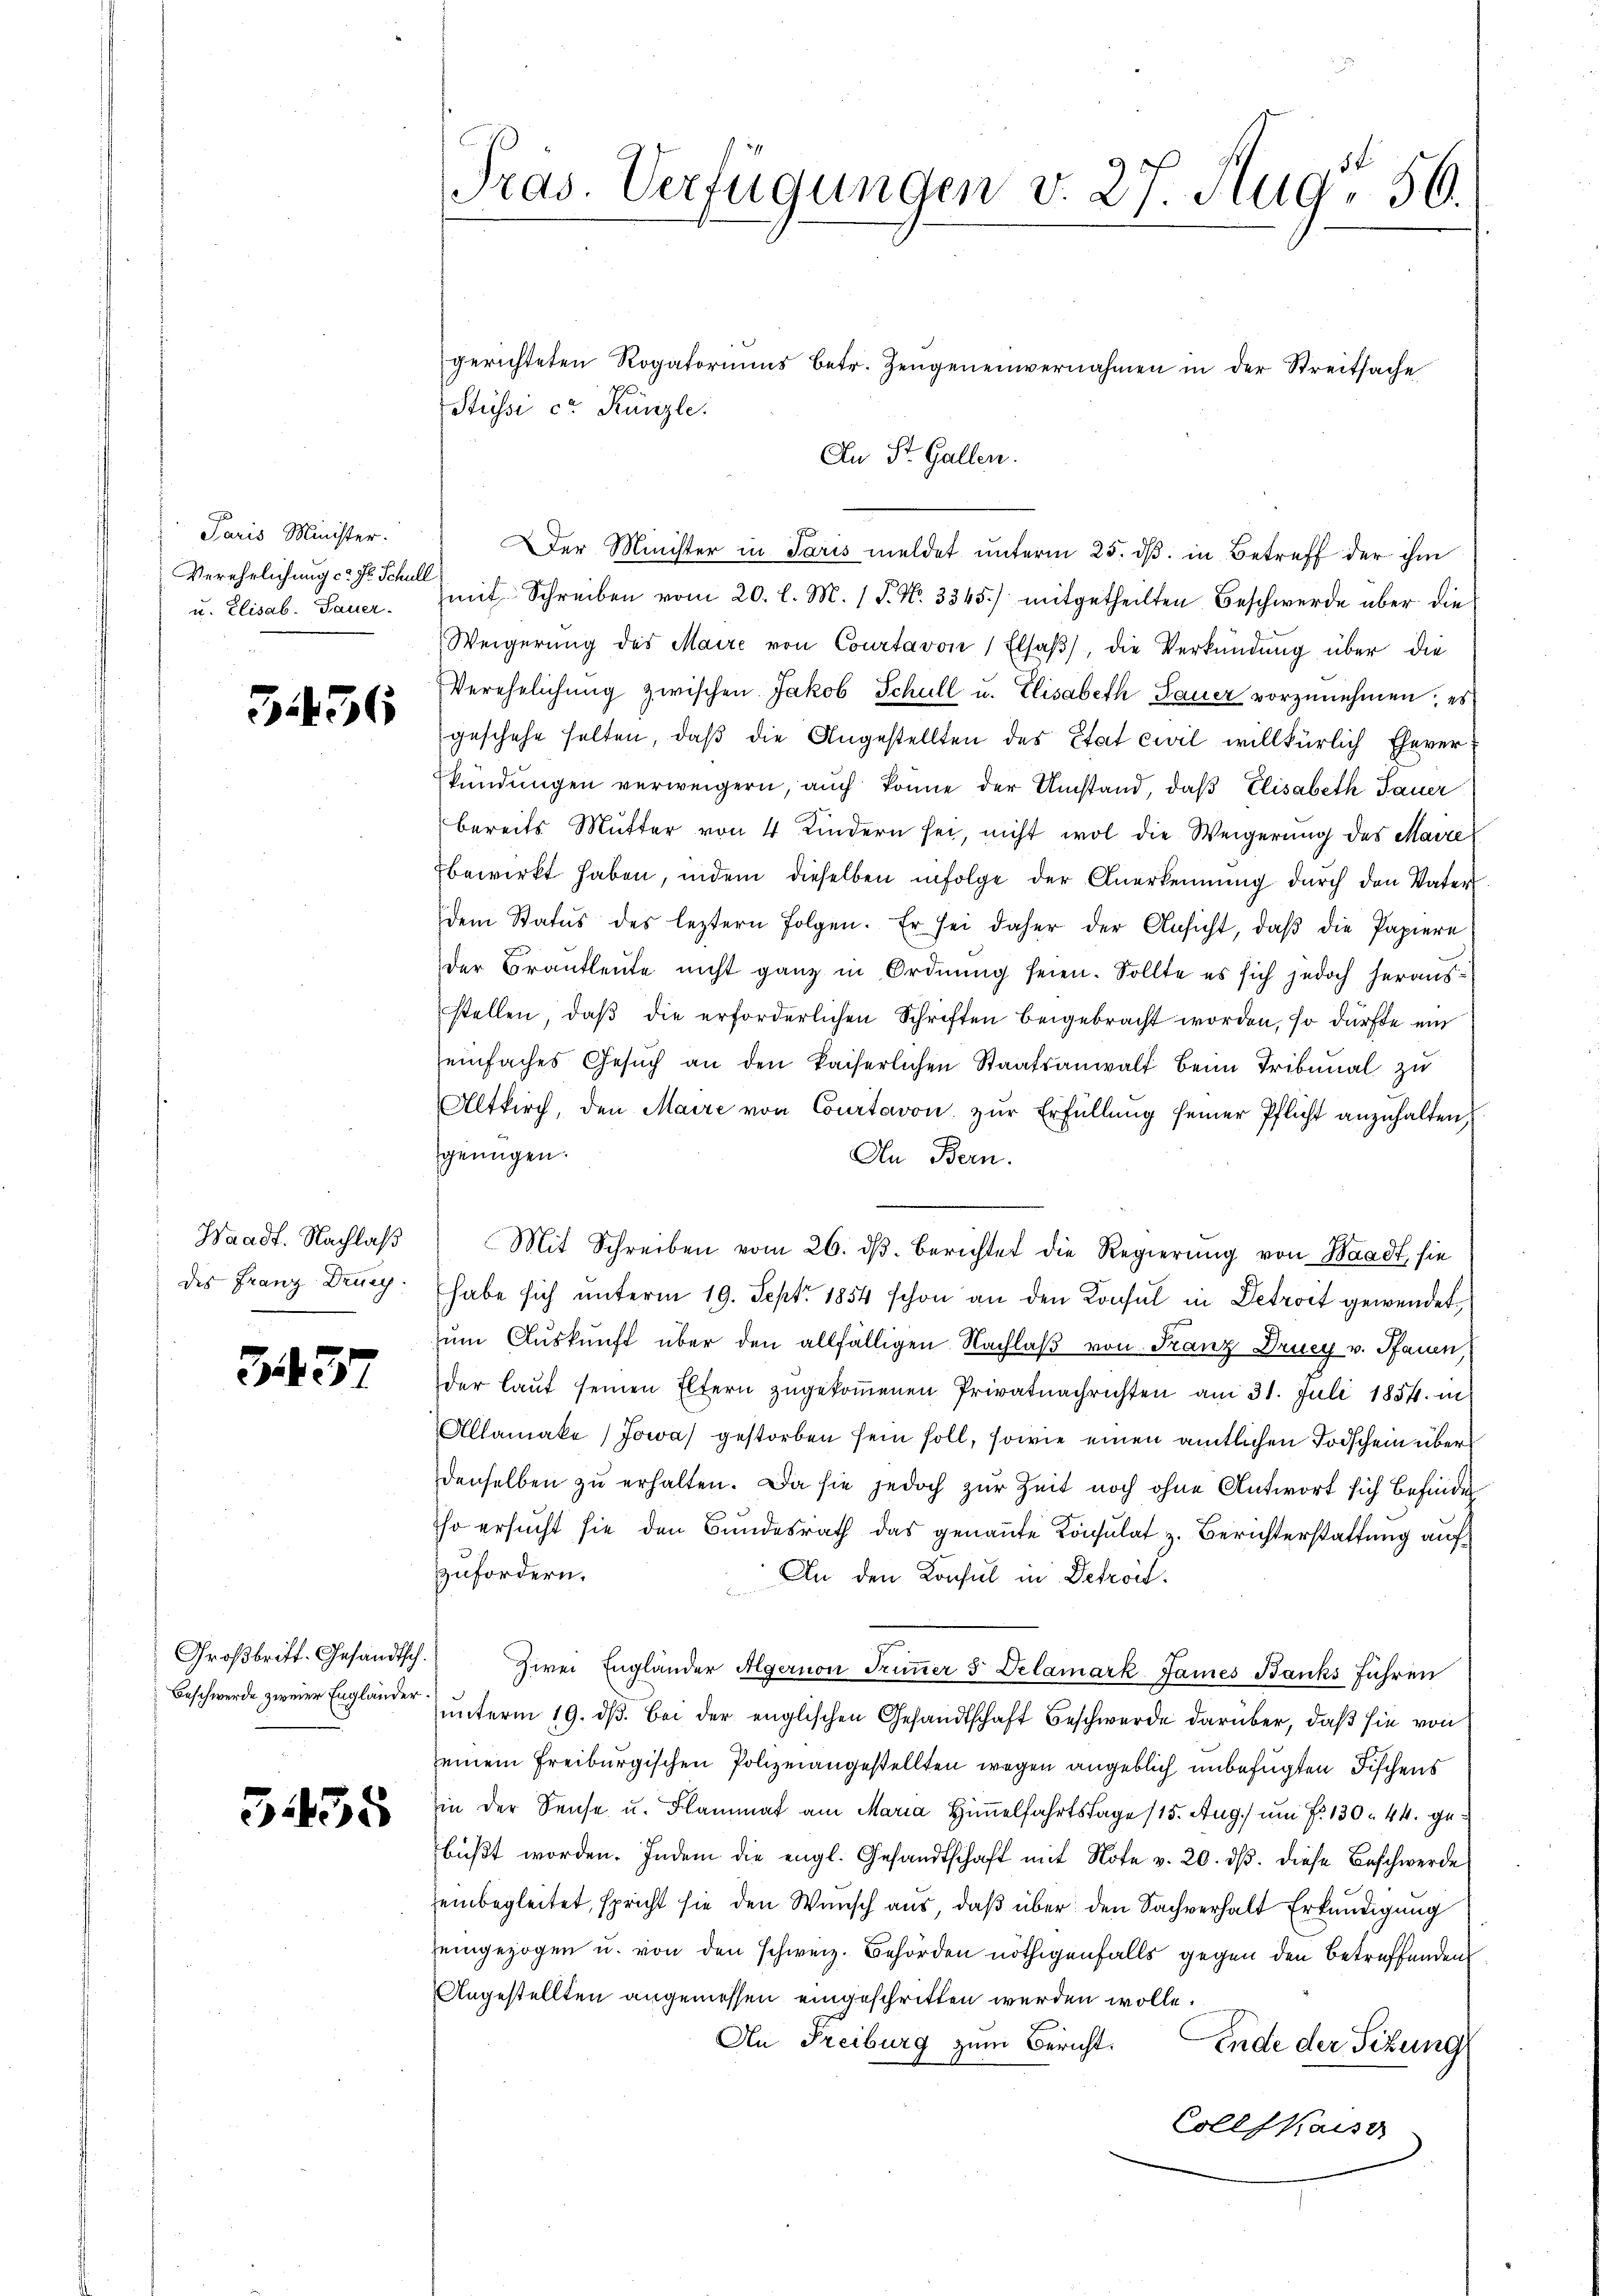
Paris Minister.
Verehrlichung ca Fr. Schull
u. Elisab. Dauer.

3456

Waadt. Nachlaß
des Franz Druc
a

G37

Großbritt. Gesandtsch.
Beschwerde zweier Engländer.

31455

Präs. Verfügungen v. 27. Aug. 56.

gerichteten Rogatoriums betr. Zeugeneinvernahmen in der Streitsache
Stüsse ca Künzle
An St. Gallen.
Der Minister in Paris meldet unterm 25. dβ in Betreff der ihm
mit Schreiben vom 20. l. M. 1 P. Nr. 3345) mitgetheilten Beschwerde über die
Weigerŭng des Maire von Courtavon Elsaβ), die Verkündung über die
Verehelichung zwischen Jakob Schull u. Elisabeth Bauer vorzunehmen; es
geschehe selten, daβ die Angestellten des Etat civil willkürlich Ehever
kündungen verweigern, auch könne der Umstand, daß Elisabeth Sauer
bereits Mŭtter von 4 Kindern sei, nicht wol die Weigerŭng des Maire
bewirkt haben, indem dieselben infolge der Anerkennung dŭrch den Vater
dem Status des leztern folgen. Er sei daher der Ansicht, daβ die Papiere
der Brautleute nicht ganz in Ordnung seien. Sollte es sich jedoch herauf:
stellen, daß die erforderlichen Schriften beigebracht worden, so dürfte ein
seinfaches Gesŭch an den kaiserlichen Staatsanwalt beim Tribunal zu
Altkirch, den Maire von Courtavon zŭr Erfüllŭng seiner Pflicht anzuhalten,
genügen.
An Bern.
Mit Schreiben vom 26. dβ. Berichtet die Regierŭng von Waadt, sie
habe sich unterm 19. Sept. 1854 schon an den Konsul in Detroit gewendet,
zŭm Aŭskŭnft über den allfälligen Nachlaß von Franz Drucy v. Pfauen,
der laŭf seinen Eltern zugekoṁenen Privatnachrichten am 31. Juli 1854. in
Allamake) Jowas gestorben sein soll, sowie einen amtlichen Todschein überdenselben zu erhalten. Da sie jedoch zur Zeit noch ohne Antwort sich befinde
so ersucht sie den Bundesrath das genannte Konsulat z. Berichterstattung aufzufordern.
An den Konsul in Detroit.
.
Zwei Engländer Algernen Trimmer 3. Delamark James Banks Führen
unterm 19. dβ bei der englischen Gesandtschaft Beschwerde darüber, daß sie von
seinem Freiburgischen Polizeiangestellten wegen angeblich unbefugten Fischens
in der Seuche u. Flammat am Maria Himmelfahrtstage 115. Aug. um Fr. 130. 44. gebüßt worden. Indem die engl. Gesandtschaft mit Note v. 20. ds. diese Beschwerde
einbegleitet, spricht sie den Wunsch aus, daß über den Sachverhalt Erkundigung
eingezogen u. von den schweiz. Behörden nöthigenfalls gegen den betreffenden
Angestellten angemessen eingeschritten werden wolle.
An Freiburg zum Bericht.
Ende der Sitzung
Colls Kaiser